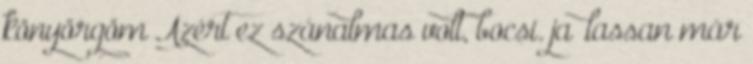
könyörgöm Azért ez szánalmas volt, bocsi. ja .lassan már